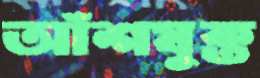
আঁশযুক্ত